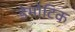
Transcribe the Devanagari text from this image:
डेमोटिक